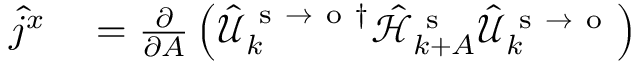
\begin{array} { r l } { \hat { j } ^ { x } } & { { } = \frac { \partial } { \partial A } \left( \hat { \mathcal { U } } _ { k } ^ { \mathrm { ~ s ~ } \to \mathrm { ~ o ~ } \dagger } \hat { \mathcal { H } } _ { k + A } ^ { \mathrm { ~ s ~ } } \hat { \mathcal { U } } _ { k } ^ { \mathrm { ~ s ~ } \to \mathrm { ~ o ~ } } \right) } \end{array}